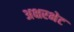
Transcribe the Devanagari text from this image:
अक्षरभेट